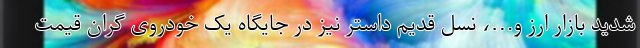
شدید بازار ارز و…، نسل قدیم داستر نیز در جایگاه یک خودروی گران قیمت